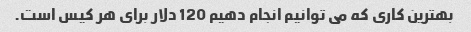
بهترین کاری که می توانیم انجام دهیم 120 دلار برای هر کیس است.